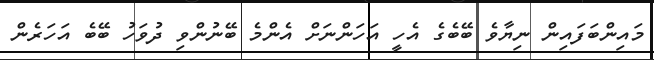
މައިންބަފައިން ނިޔާވެ ބޭބެގެ އެހީ އަހަންނަށް އެންމެ ބޭނުންވި ދުވަހު ބޭބެ އަހަރެން